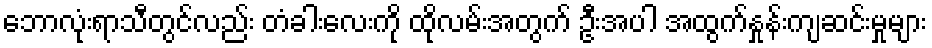
ဘောလုံးရာသီတွင်လည်း တံခါးလေးကို ထိုလမ်းအတွက် ဦးအပါ အထွက်နှုန်းကျဆင်းမှုများ